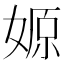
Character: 𡞼